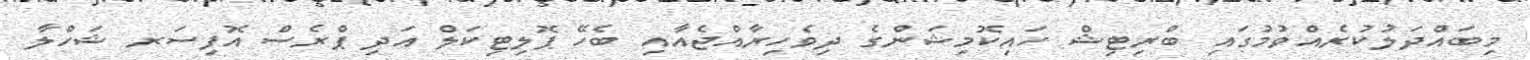
މިބައްދަލުކުރެއްވުމުގައި ބްރިޓިޝް ހައިކޮމިޝަންގެ ދިވެހިރާއްޖެއާއި ބެހޭ ޕޮލިޓިކަލް އަދި ޕްރެސް އޮފިސަރ ޝަހްލާ